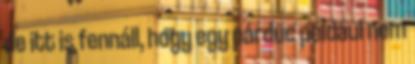
de itt is fennáll, hogy egy párduc például nem